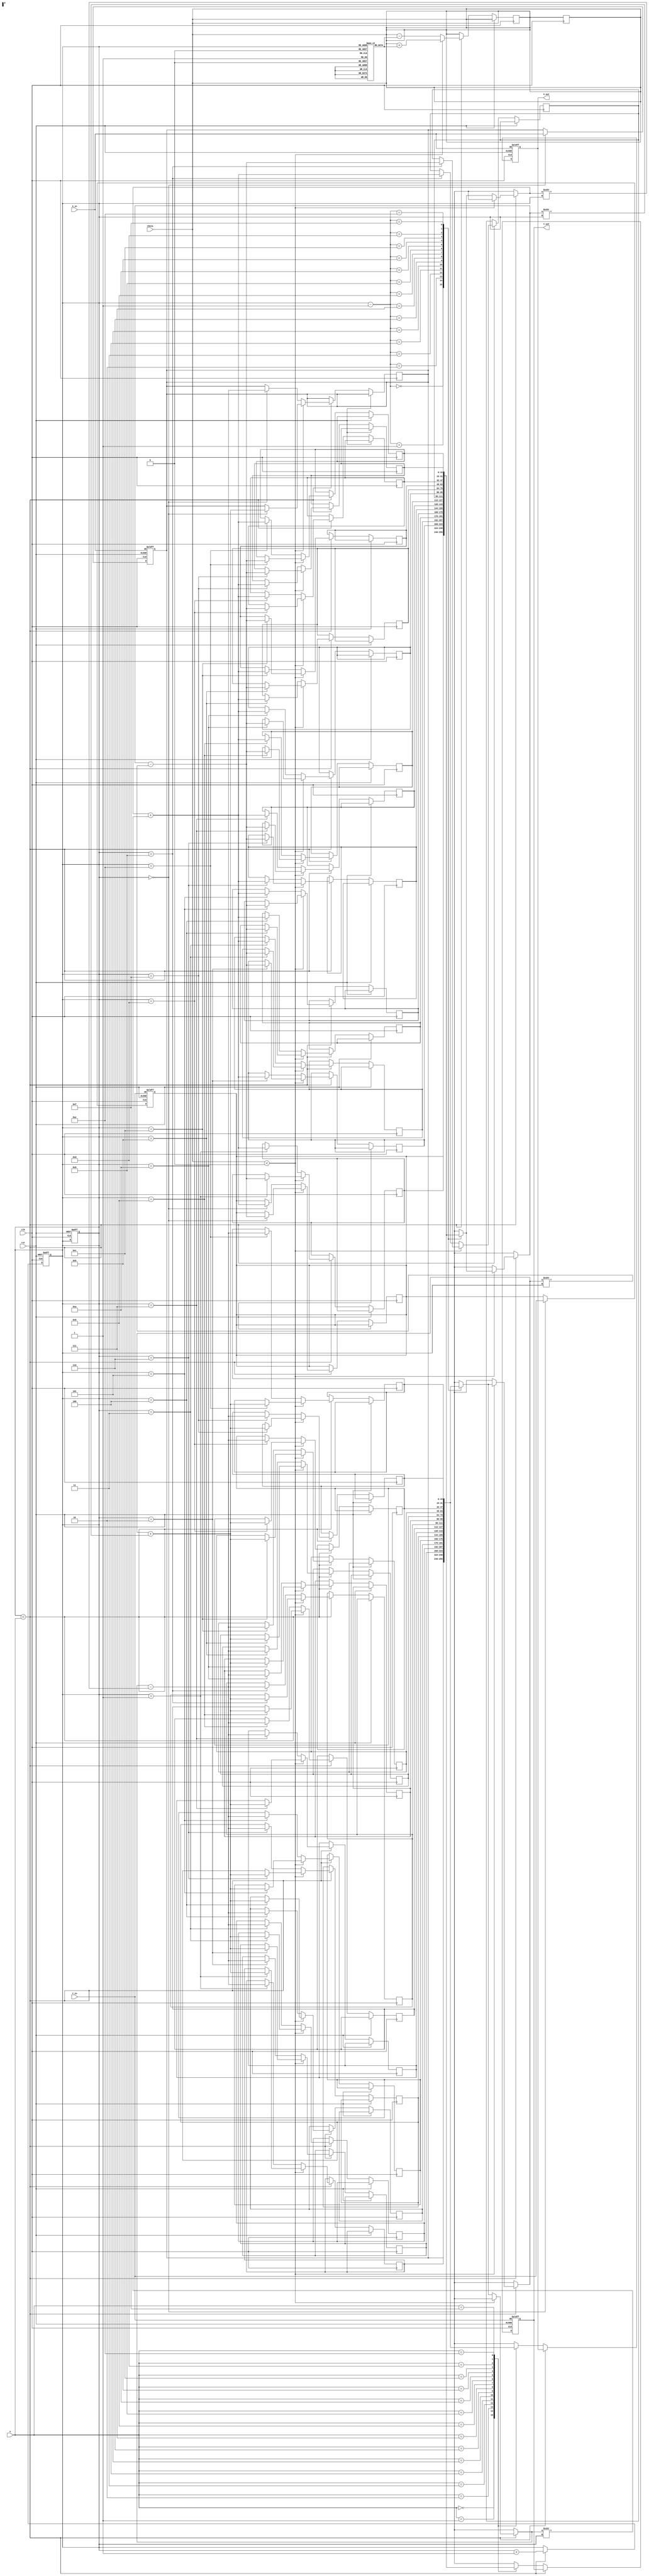
module RotationalCORDIC (
    input wire signed [15:0] theta,       // Input Angle (fixed-point), adjust width as needed
    input wire signed [15:0] X_in,         // Input X coordinate (fixed-point)
    input wire signed [15:0] Y_in,         // Input Y coordinate (fixed-point)
    input wire [3:0] n,                    // Number of iterations (4 bits allows up to 16 iterations)
    input wire clk,                        // Clock
    input wire rst,                        // Reset
    output reg signed [15:0] X_out,        // Output X coordinate (fixed-point)
    output reg signed [15:0] Y_out         // Output Y coordinate (fixed-point)
);

// Angle Lookup Table for CORDIC: arctan(2^-i) for i=0 to 15
reg signed [15:0] angle_LUT [0:15];
initial begin
    angle_LUT[0] = 16'h0000; // atan(1) = 0
    angle_LUT[1] = 16'h26DB; // atan(0.5) = 0.463647609 radians
    angle_LUT[2] = 16'h1A62; // atan(0.25) = 0.244978664 radians
    angle_LUT[3] = 16'h136D; // atan(0.125) = 0.124999999 radians
    // Fill remaining LUT values as necessary
    // ... Fill the rest of the values for higher orders
end

// Internal signals
reg signed [15:0] X [0:15];
reg signed [15:0] Y [0:15];
reg [3:0] iteration;

// CORDIC computation process
always @(posedge clk or posedge rst) begin
    if (rst) begin
        X_out <= X_in;
        Y_out <= Y_in;
        iteration <= 0;
    end else begin
        if (iteration < n) begin
            // Perform CORDIC rotation
            if (theta < 0) begin
                // Rotate in the counter-clockwise direction
                X[iteration] <= X[iteration - 1] + (Y[iteration - 1] >>> iteration);
                Y[iteration] <= Y[iteration - 1] - (X[iteration - 1] >>> iteration);
                theta <= theta + angle_LUT[iteration];
            end else begin
                // Rotate in the clockwise direction
                X[iteration] <= X[iteration - 1] - (Y[iteration - 1] >>> iteration);
                Y[iteration] <= Y[iteration - 1] + (X[iteration - 1] >>> iteration);
                theta <= theta - angle_LUT[iteration];
            end
            iteration <= iteration + 1;
        end else begin
            // Store final results
            X_out <= X[n];
            Y_out <= Y[n];
        end
    end
end

// Initialize inputs
always @(posedge clk or posedge rst) begin
    if (rst) begin
        X[0] <= X_in;
        Y[0] <= Y_in;
        iteration <= 0;
    end else begin
        if (iteration == 0) begin
            // Starting values
            X[0] <= X_in;
            Y[0] <= Y_in;
            theta <= theta;
        end
    end
end

endmodule